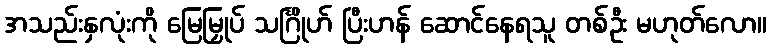
အသည်းနှလုံးကို မြေမြှုပ် သင်္ဂြိုဟ် ပြီးဟန် ဆောင်နေရသူ တစ်ဦး မဟုတ်လော။